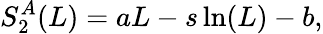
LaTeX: S_{2}^{A}(L)=aL-s\ln(L)-b,